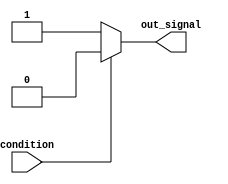
module conditional_example (
    input wire condition,
    output reg out_signal
);

always @(*) begin
    if (~condition) begin
        // execute if condition is false
        out_signal <= 1'b1;
    end
    else begin
        // execute if condition is true
        out_signal <= 1'b0;
    end
end

endmodule